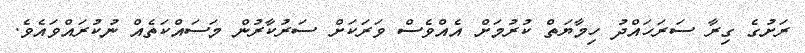
ރަށުގެ ގިރާ ސަރަހައްދު ހިމާޔަތް ކުރުމަށް އެއްވެސް ވަރަކަށް ސަރުކާރުން މަސައްކަތެއް ނުކުރައްވައެވެ.